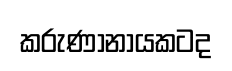
කරුණානායකටද